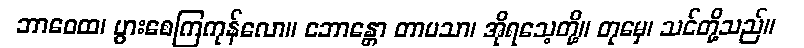
ဘာဝေထ၊ ပွားစေကြကုန်လော။ ဘောန္တော တာပသာ၊ အိုရသေ့တို့။ တုမှေ၊ သင်တို့သည်။